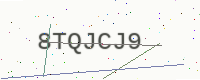
Text: 8TQJCJ9